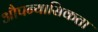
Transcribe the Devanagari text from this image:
औपन्यासिकता